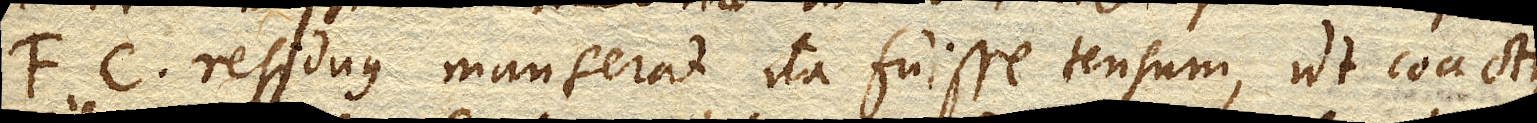
FC. residuus manserat ita fuisse tensum, ut coactus